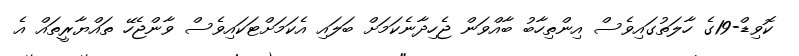
ކޮވިޑް-19ގެ ހާލަތުގައިވެސް އިންތިހާބު ބާއްވަން ޖެހިދާނެކަމަށް ބަލައި އެކަމަށްޓަކައިވެސް ވާންޖެހޭ ތައްޔާރީތައް އެ